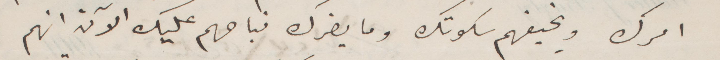
ويخيفهم سكوتك وما يضرك نباحهم عليك الآن انهم